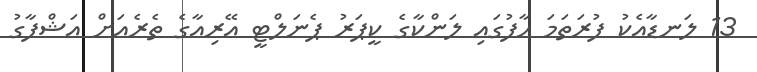
13 ލަނޑާއެކު ފުރަތަމަ ހާފުގައި ލަންކާގެ ކީޕަރު ޕެނަލްޓީ އޭރިއާގެ ތެރެއަށް އަޝްފާގު